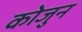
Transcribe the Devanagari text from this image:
कोजुन